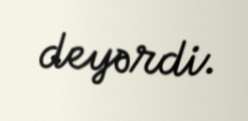
deyərdi.